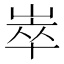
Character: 崒